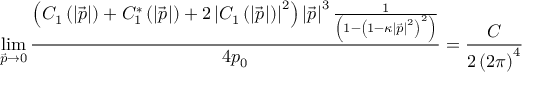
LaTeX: \operatorname * { l i m } _ { \vec { p } \rightarrow 0 } \frac { \left( C _ { 1 } \left( \left| \vec { p } \right| \right) + C _ { 1 } ^ { * } \left( \left| \vec { p } \right| \right) + 2 \left| C _ { 1 } \left( \left| \vec { p } \right| \right) \right| ^ { 2 } \right) \left| \vec { p } \right| ^ { 3 } \frac 1 { \left( 1 - \left( 1 - \kappa \left| \vec { p } \right| ^ { 2 } \right) ^ { 2 } \right) } } { 4 p _ { 0 } } = \frac C { 2 \left( 2 \pi \right) ^ { 4 } }